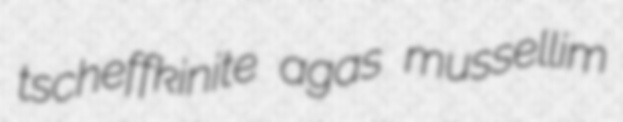
tscheffkinite agas mussellim